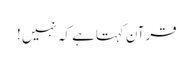
قرآن کہتاہے کہ نہیں !